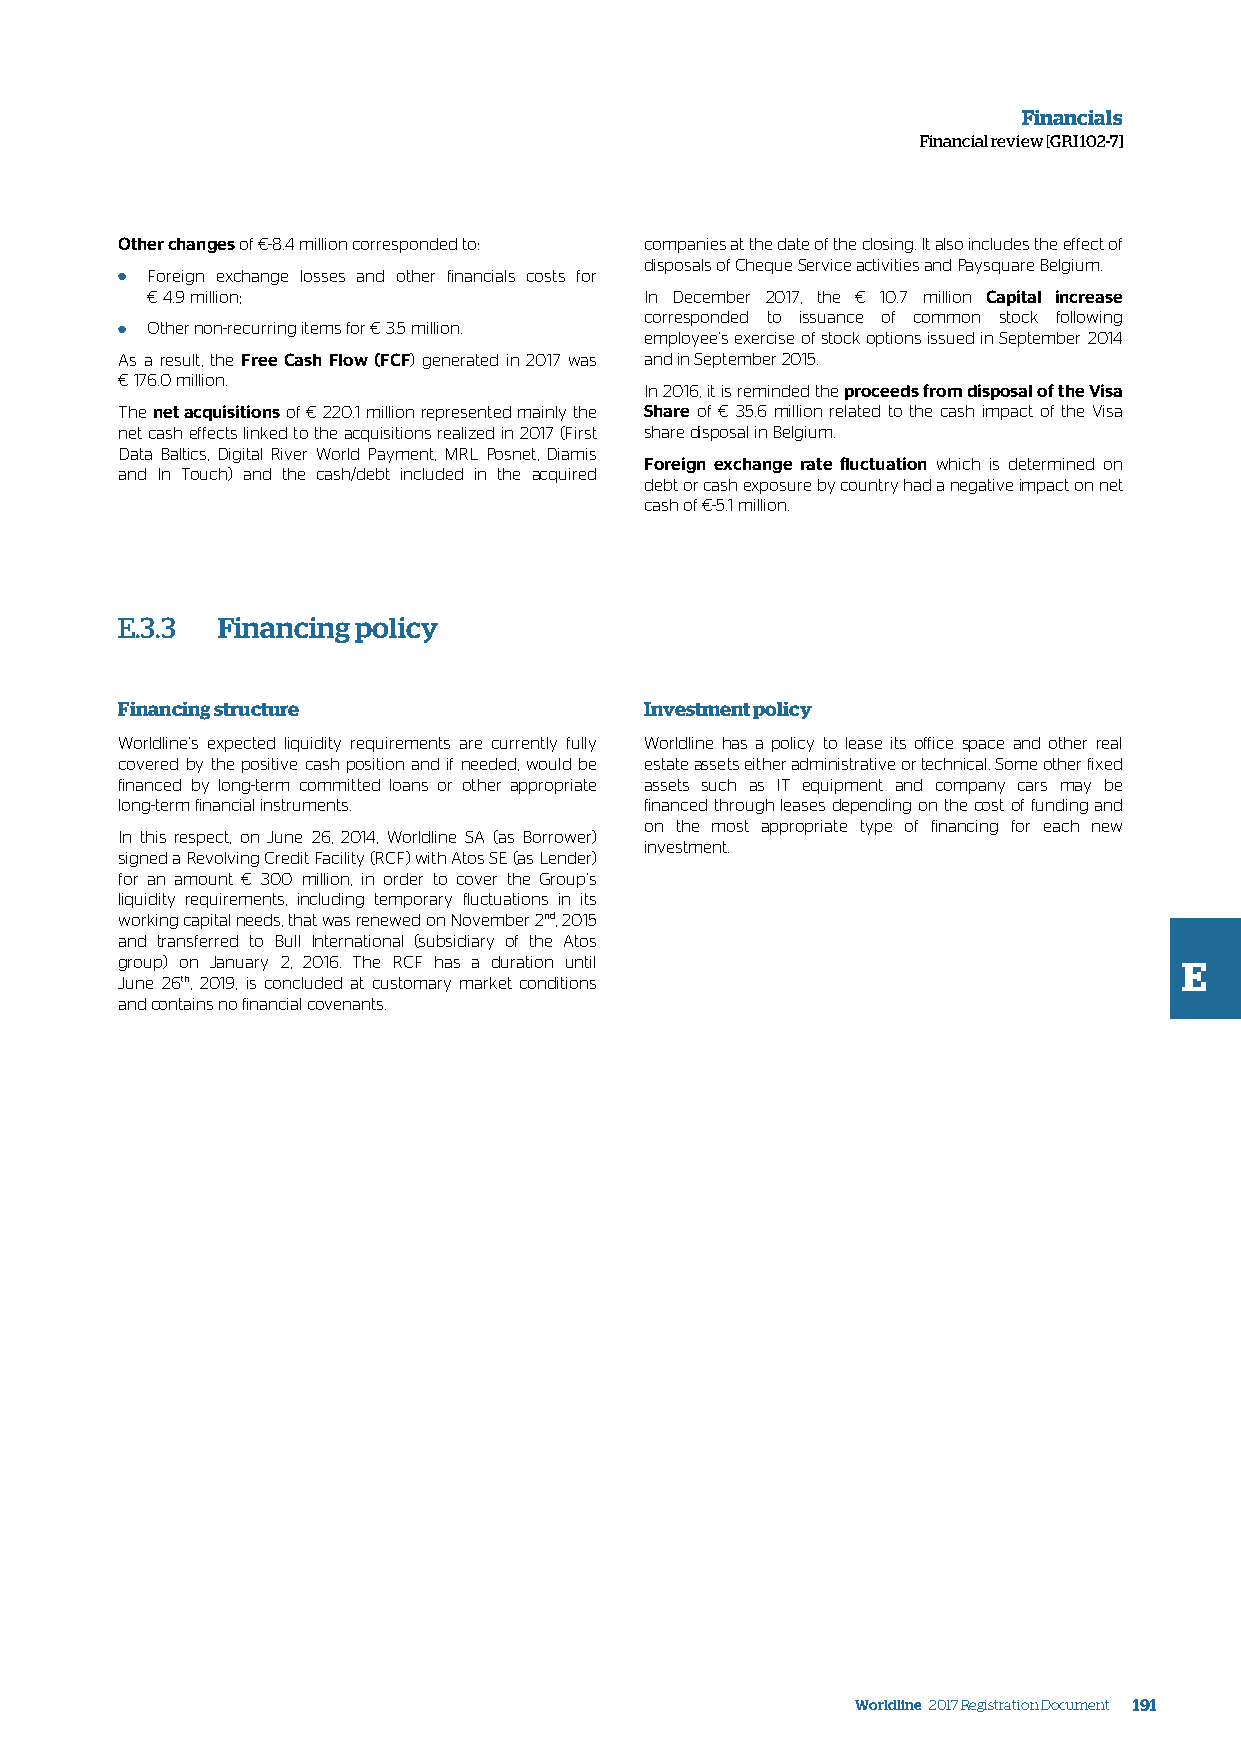
Financials
 Financial review [GRI 102-7]
 Other changes of €-8.4 million corresponded to: companies at the date of the closing. It also includes the effect of
 disposals of Cheque Service activities and Paysquare Belgium.
 ● Foreign exchange losses and other financials costs for
 € 4.9 million;                   In December 2017, the € 10.7 million Capital increase
 corresponded to issuance of common stock following
 ● Other non-recurring items for € 3.5 million. employee’s exercise of stock options issued in September 2014
 As a result, the Free Cash Flow (FCF) generated in 2017 was and in September 2015.
 € 176.0 million.
 In 2016, it is reminded the proceeds from disposal of the Visa
 The net acquisitions of € 220.1 million represented mainly the Share of € 35.6 million related to the cash impact of the Visa
 net cash effects linked to the acquisitions realized in 2017 (First share disposal in Belgium.
 Data Baltics, Digital River World Payment, MRL Posnet, Diamis
 Foreign exchange rate fluctuation which is determined on
 and In Touch) and the cash/debt included in the acquired
 debt or cash exposure by country had a negative impact on net
 cash of €-5.1 million.
 E.3.3 Financing policy
 Financing structure                Investment policy
 Worldline’s expected liquidity requirements are currently fully Worldline has a policy to lease its office space and other real
 covered by the positive cash position and if needed, would be estate assets either administrative or technical. Some other fixed
 financed by long-term committed loans or other appropriate assets such as IT equipment and company cars may be
 long-term financial instruments.   financed through leases depending on the cost of funding and
 on the most appropriate type of financing for each new
 In this respect, on June 26, 2014, Worldline SA (as Borrower)
 investment.
 signed a Revolving Credit Facility (RCF) with Atos SE (as Lender)
 for an amount € 300 million, in order to cover the Group’s
 liquidity requirements, including temporary fluctuations in its
 working capital needs, that was renewed on November 2nd, 2015
 and transferred to Bull International (subsidiary of the Atos
 group) on January 2, 2016. The RCF has a duration until               E
 June 26th, 2019, is concluded at customary market conditions
 and contains no financial covenants.
 Worldline 2017 Registration Document 191